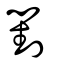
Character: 對